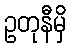
ဥတုနီမှိ